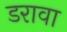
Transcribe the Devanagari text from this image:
डरावा